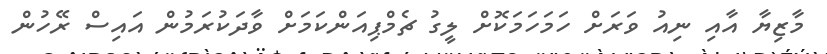
މާޒިޔާ އާއި ނިއު ވަރަށް ހަމަހަމަކޮށް ލީގު ޗެމްޕިއަންކަމަށް ވާދަކުރަމުން އައިސް ރޭހުން